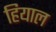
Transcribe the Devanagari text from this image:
हियाल